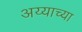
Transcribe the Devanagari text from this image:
अय्याच्या